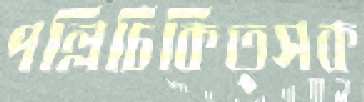
পল্লিচিকিত্সক